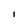
Character: l